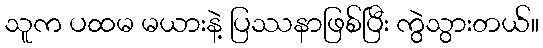
သူက ပထမ မယားနဲ့ ပြဿနာဖြစ်ပြီး ကွဲသွားတယ်။